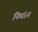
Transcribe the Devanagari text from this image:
निघंऽन